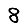
Digit: 8